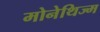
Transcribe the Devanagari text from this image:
मोनेथिज्म